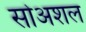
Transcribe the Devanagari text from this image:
सोअशल